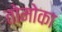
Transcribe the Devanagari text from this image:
तोमोका